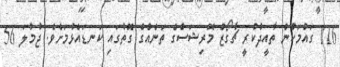
116 ގައުމަކުން ތާއީދުކުރީ ޗާގޯޒް މޮރިޝަސްގެ ތަނެއްގެ ގޮތުގައި ކަނޑައެޅުމަށެވެ. ޖުމުލަ 56